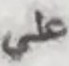
علي